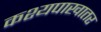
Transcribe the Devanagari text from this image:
कश्यपाखातर